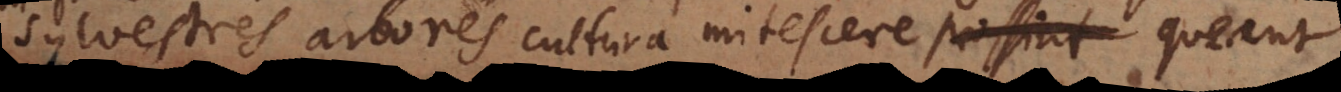
sylvestres arbores cultura mitescere queant